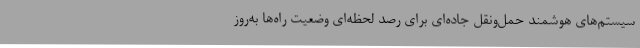
سیستم‌های هوشمند حمل‌ونقل جاده‌ای برای رصد لحظه‌ای وضعیت راه‌ها به‌روز